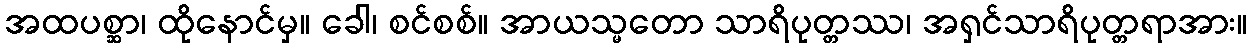
အထပစ္ဆာ၊ ထိုနောင်မှ။ ခေါ၊ စင်စစ်။ အာယသ္မတော သာရိပုတ္တဿ၊ အရှင်သာရိပုတ္တရာအား။